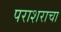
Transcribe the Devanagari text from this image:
पराशराचा